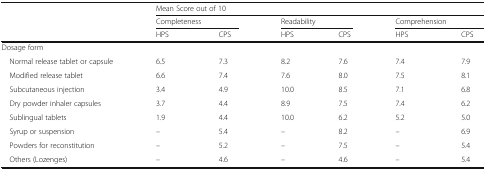
<table><thead><tr><td rowspan="3"></td><td colspan="6"><b>Mean Score out of 10</b></td></tr><tr><td colspan="2"><b>Completeness</b></td><td colspan="2"><b>Readability</b></td><td colspan="2"><b>Comprehension</b></td></tr><tr><td><b>HPS</b></td><td><b>CPS</b></td><td><b>HPS</b></td><td><b>CPS</b></td><td><b>HPS</b></td><td><b>CPS</b></td></tr></thead><tbody><tr><td colspan="7">Dosage form</td></tr><tr><td> Normal release tablet or capsule</td><td>6.5</td><td>7.3</td><td>8.2</td><td>7.6</td><td>7.4</td><td>7.9</td></tr><tr><td> Modified release tablet</td><td>6.6</td><td>7.4</td><td>7.6</td><td>8.0</td><td>7.5</td><td>8.1</td></tr><tr><td> Subcutaneous injection</td><td>3.4</td><td>4.9</td><td>10.0</td><td>8.5</td><td>7.1</td><td>6.8</td></tr><tr><td> Dry powder inhaler capsules</td><td>3.7</td><td>4.4</td><td>8.9</td><td>7.5</td><td>7.4</td><td>6.2</td></tr><tr><td> Sublingual tablets</td><td>1.9</td><td>4.4</td><td>10.0</td><td>6.2</td><td>5.2</td><td>5.0</td></tr><tr><td> Syrup or suspension</td><td>–</td><td>5.4</td><td>–</td><td>8.2</td><td>–</td><td>6.9</td></tr><tr><td> Powders for reconstitution</td><td>–</td><td>5.2</td><td>–</td><td>7.5</td><td>–</td><td>5.4</td></tr><tr><td> Others (Lozenges)</td><td>–</td><td>4.6</td><td>–</td><td>4.6</td><td>–</td><td>5.4</td></tr></tbody></table>